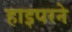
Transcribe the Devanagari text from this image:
हाइपरने